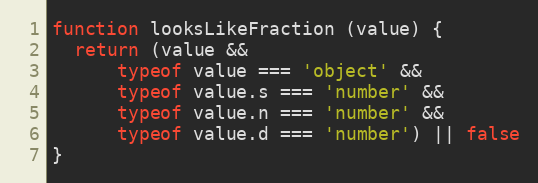
Language: JavaScript
function looksLikeFraction (value) {
  return (value &&
      typeof value === 'object' &&
      typeof value.s === 'number' &&
      typeof value.n === 'number' &&
      typeof value.d === 'number') || false
}